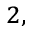
^ { 2 , }